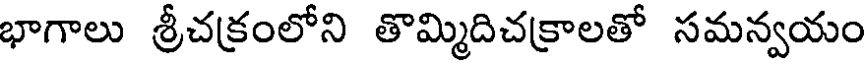
భాగాలు శ్రీచక్రంలోని తొమ్మిదిచక్రాలతో సమన్వయం